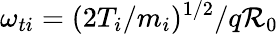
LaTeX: \omega_{ti}=(2T_{i}/m_{i})^{1/2}/q\mathcal{R}_{0}